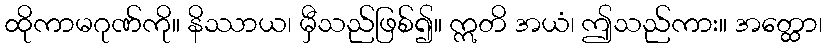
ထိုကာမဂုဏ်ကို။ နိဿာယ၊ မှီသည်ဖြစ်၍။ ဣတိ အယံ၊ ဤသည်ကား။ အတ္ထော၊